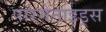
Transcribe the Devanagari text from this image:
पारमेनाइड्स